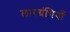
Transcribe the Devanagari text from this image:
लारग्रंथियाँ